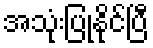
အသုံးပြုနိုင်ပြီ